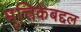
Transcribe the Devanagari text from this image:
मृत्तिकेबद्दल